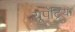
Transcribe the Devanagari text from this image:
यूपॅट्रिया